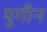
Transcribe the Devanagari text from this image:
यूगीन